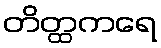
တိတ္ထကရေ